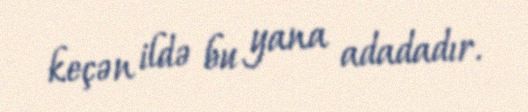
keçən ildə bu yana adadadır.